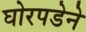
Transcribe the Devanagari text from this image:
घोरपडेने